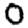
Digit: 0